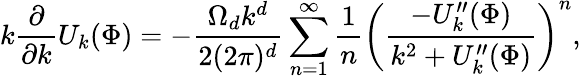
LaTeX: k\frac{\partial}{\partial k}U_{k}(\Phi)=-\frac{\Omega_{d}k^{d}}{2(2\pi)^{d}}\sum_{n=1}^{\infty}\frac{1}{n}\left(\frac{-U_{k}^{\prime\prime}(\Phi)}{k^{2}+U_{k}^{\prime\prime}(\Phi)}\right)^{n},